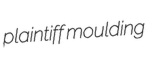
plaintiff moulding